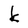
Character: k